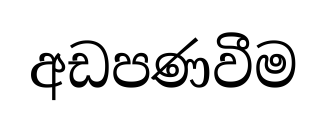
අඩපණවීම